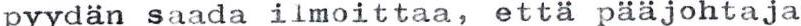
pyydän saada ilmoittaa, että pääjohtaja